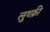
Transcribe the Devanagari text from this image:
लुथ्फ़ी